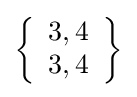
\left\{{\begin{array}{l}3,4\\3,4\end{array}}\right\}